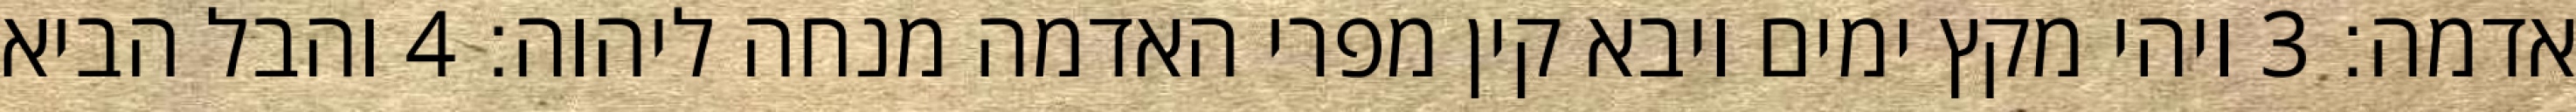
אדמה׃ ‎3‏ ויהי מקץ ימים ויבא קין מפרי האדמה מנחה ליהוה׃ ‎4‏ והבל הביא